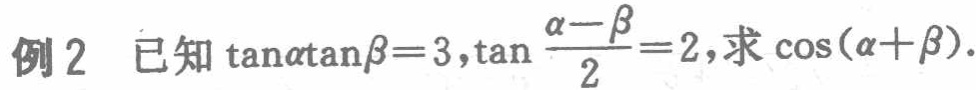
例2 已知$\tan\alpha\tan\beta = 3,\tan\frac{\alpha - \beta}{2}=2$,求$\cos(\alpha + \beta)$.